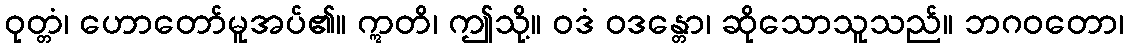
ဝုတ္တံ၊ ဟောတော်မူအပ်၏။ ဣတိ၊ ဤသို့။ ဝဒံ ဝဒန္တော၊ ဆိုသောသူသည်။ ဘဂဝတော၊